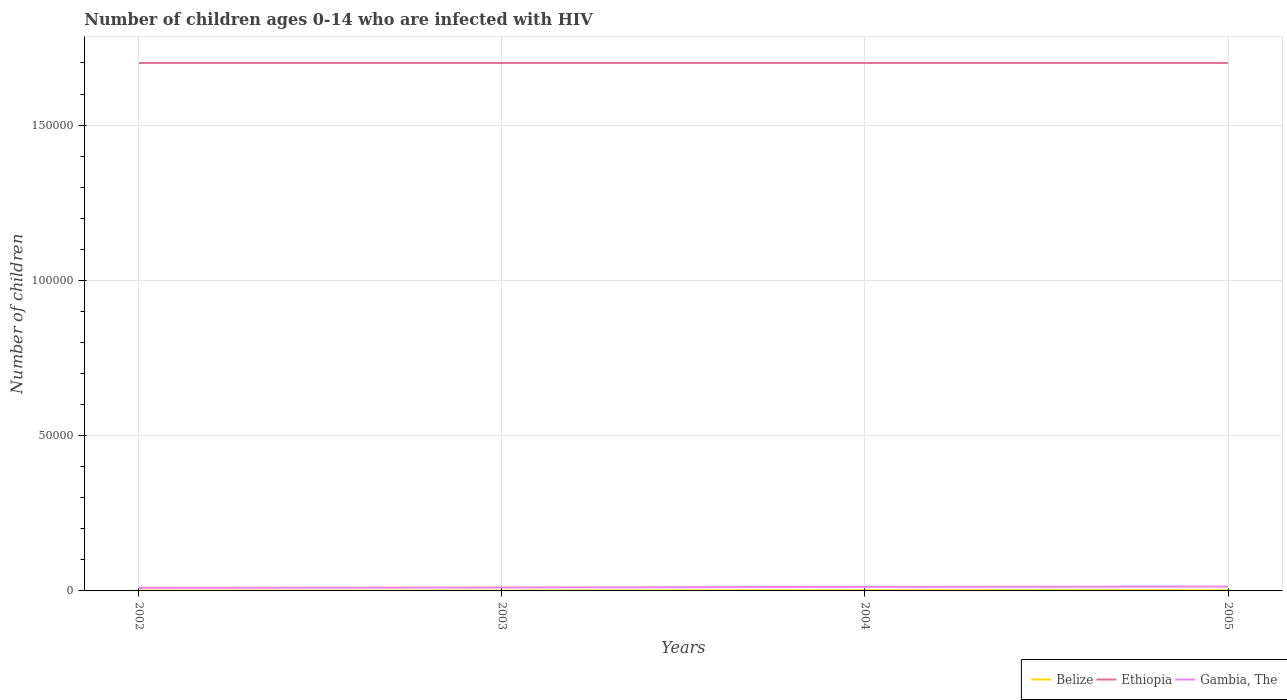
| Years | Belize | Ethiopia | Gambia, The |
 | --- | --- | --- | --- |
 | 2002 | 100 | 1.7e+05 | 1e+03 |
 | 2003 | 100 | 1.7e+05 | 1.1e+03 |
 | 2004 | 200 | 1.7e+05 | 1.3e+03 |
 | 2005 | 200 | 1.7e+05 | 1.4e+03 |